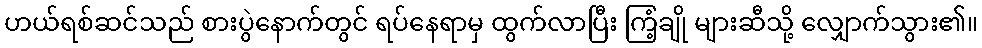
ဟယ်ရစ်ဆင်သည် စားပွဲနောက်တွင် ရပ်နေရာမှ ထွက်လာပြီး ကြံ့ချို များဆီသို့ လျှောက်သွား၏။